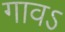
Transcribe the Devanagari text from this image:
गावऽ